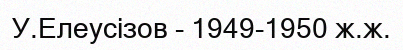
У.Елеусізов - 1949-1950 ж.ж.